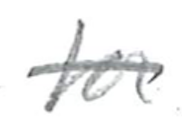
Text: for
Cross-out: single-line
Writing tool: pencil